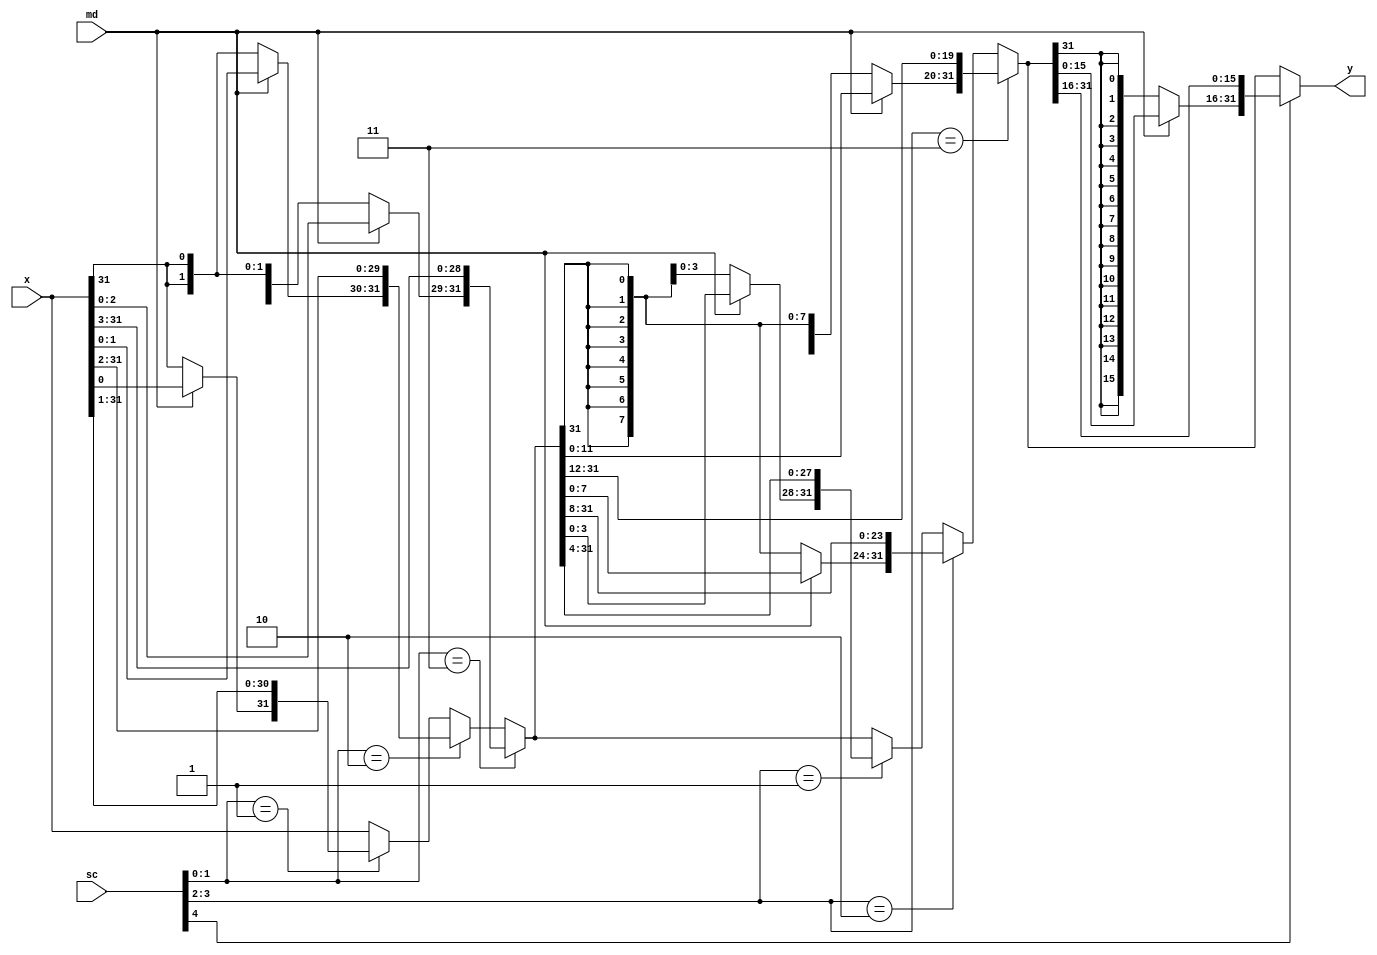
module RightShifter(
input [31:0] x,
input [4:0] sc,
input md,
output [31:0] y);

// shifter for ASR and ROR
wire [1:0] sc0, sc1;
wire [31:0] s1, s2;

assign sc0 = sc[1:0];
assign sc1 = sc[3:2];

assign s1 = (sc0 == 3) ? {(md ? x[2:0] : {3{x[31]}}), x[31:3]} :
    (sc0 == 2) ? {(md ? x[1:0] : {2{x[31]}}), x[31:2]} :
    (sc0 == 1) ? {(md ? x[0] : x[31]), x[31:1]} : x;

assign s2 = (sc1 == 3) ? {(md ? s1[11:0] : {12{s1[31]}}), s1[31:12]} :
    (sc1 == 2) ? {(md ? s1[7:0] : {8{s1[31]}}), s1[31:8]} :
    (sc1 == 1) ? {(md ? s1[3:0] : {4{s1[31]}}), s1[31:4]} : s1;
assign y = sc[4] ? {(md ? s2[15:0] : {16{s2[31]}}), s2[31:16]} : s2;
endmodule